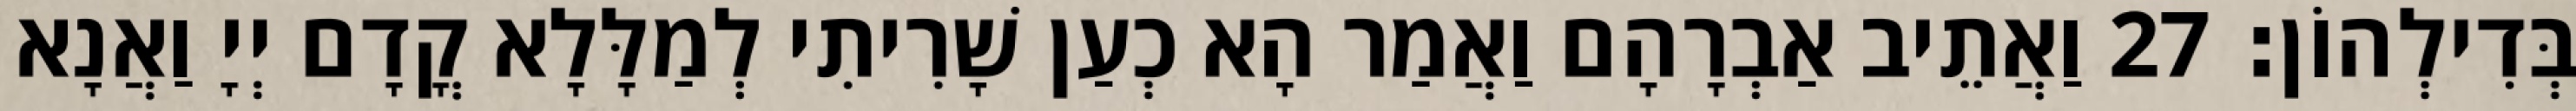
בְּדִילְהוֹן׃ 27 וַאֲתֵיב אַבְרָהָם וַאֲמַר הָא כְעַן שָׁרִיתִי לְמַלָּלָא קֳדָם יְיָ וַאֲנָא